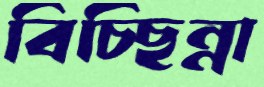
বিচ্ছিন্না